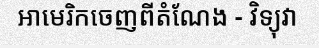
អាមេរិកចេញពីតំណែង - វិទ្យុវា